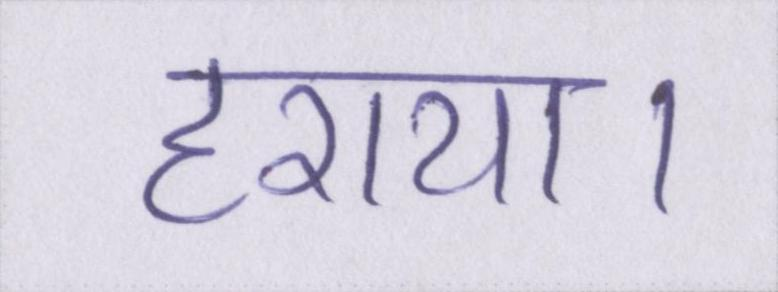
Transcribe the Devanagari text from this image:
हराया।